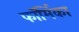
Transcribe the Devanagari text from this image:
फॉर्मिका